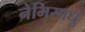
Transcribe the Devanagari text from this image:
नेमिसाधु